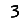
Digit: 3